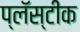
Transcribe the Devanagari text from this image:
प्लॅस्टीक